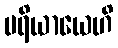
ပရိယာယေဟိ